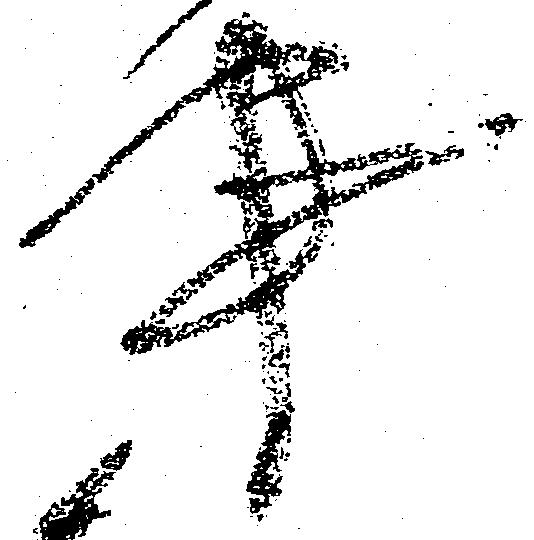
事